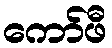
ကော်ဖီ